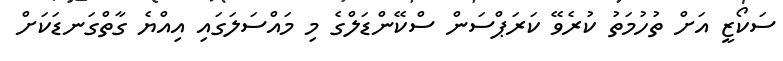
ސަކޯޒީ އަށް ތުހުމަތު ކުރެވޭ ކަރަޕްސަން ސްކޭންޑަލްގެ މި މައްސަލަގައި އިއްޔެ ގާތްގަނޑަކަށް